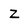
Character: Z